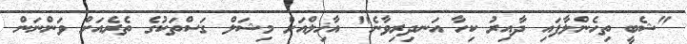
"ޝެބީ ތިހެންލާފައި ދާއިރު ކިހާ އަނދިރިވާނެ" އާޚިލްއަށް މިޝަލް ގަސްތަކުގެ ތެރެއަށް ވަންނަން